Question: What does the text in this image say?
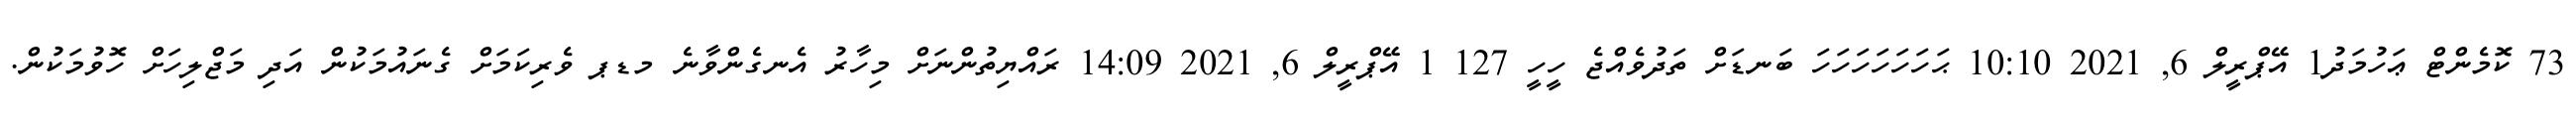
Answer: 73 ކޮމެންޓް ޢަހުމަދު1 އޭޕްރީލް 6, 2021 10:10 ޙަހަހަހަހަހަހަ ބަނޑަށް ތަދުވެއްޖެ ހީހީ 127 1 އޭޕްރީލް 6, 2021 14:09 ރައްޔިތުންނަށް މިހާރު އެނގެންވާނެ މޑޕ ވެރިކަމަށް ގެނައުމަކުން އަދި މަޖްލިހަށް ހޮވުމަކުން.